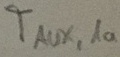
Text: TAUX,1a